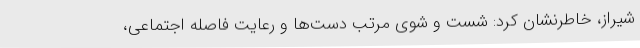
شیراز، خاطرنشان کرد: شست و شوی مرتب دست‌ها و رعایت فاصله اجتماعی،